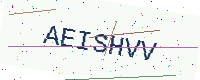
Text: AEISHVV